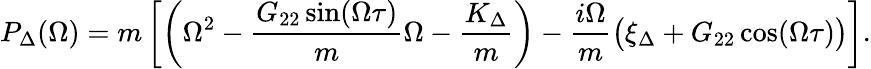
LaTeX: P_{\Delta}(\Omega)=m\left[\left(\Omega^{2}-\frac{G_{22}\sin(\Omega\tau)}{m}\Omega-\frac{K_{\Delta}}{m}\right)-\frac{i\Omega}{m}\big(\xi_{\Delta}+G_{22}\cos(\Omega\tau)\big)\right].